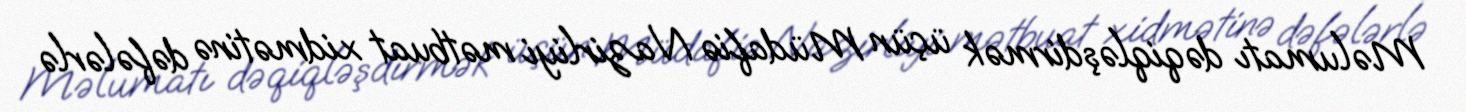
Məlumatı dəqiqləşdirmək üçün Müdafiə Nazirliyi mətbuat xidmətinə dəfələrlə